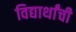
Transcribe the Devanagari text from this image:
विद्यार्थांची